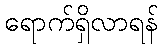
ရောက်ရှိလာရန်